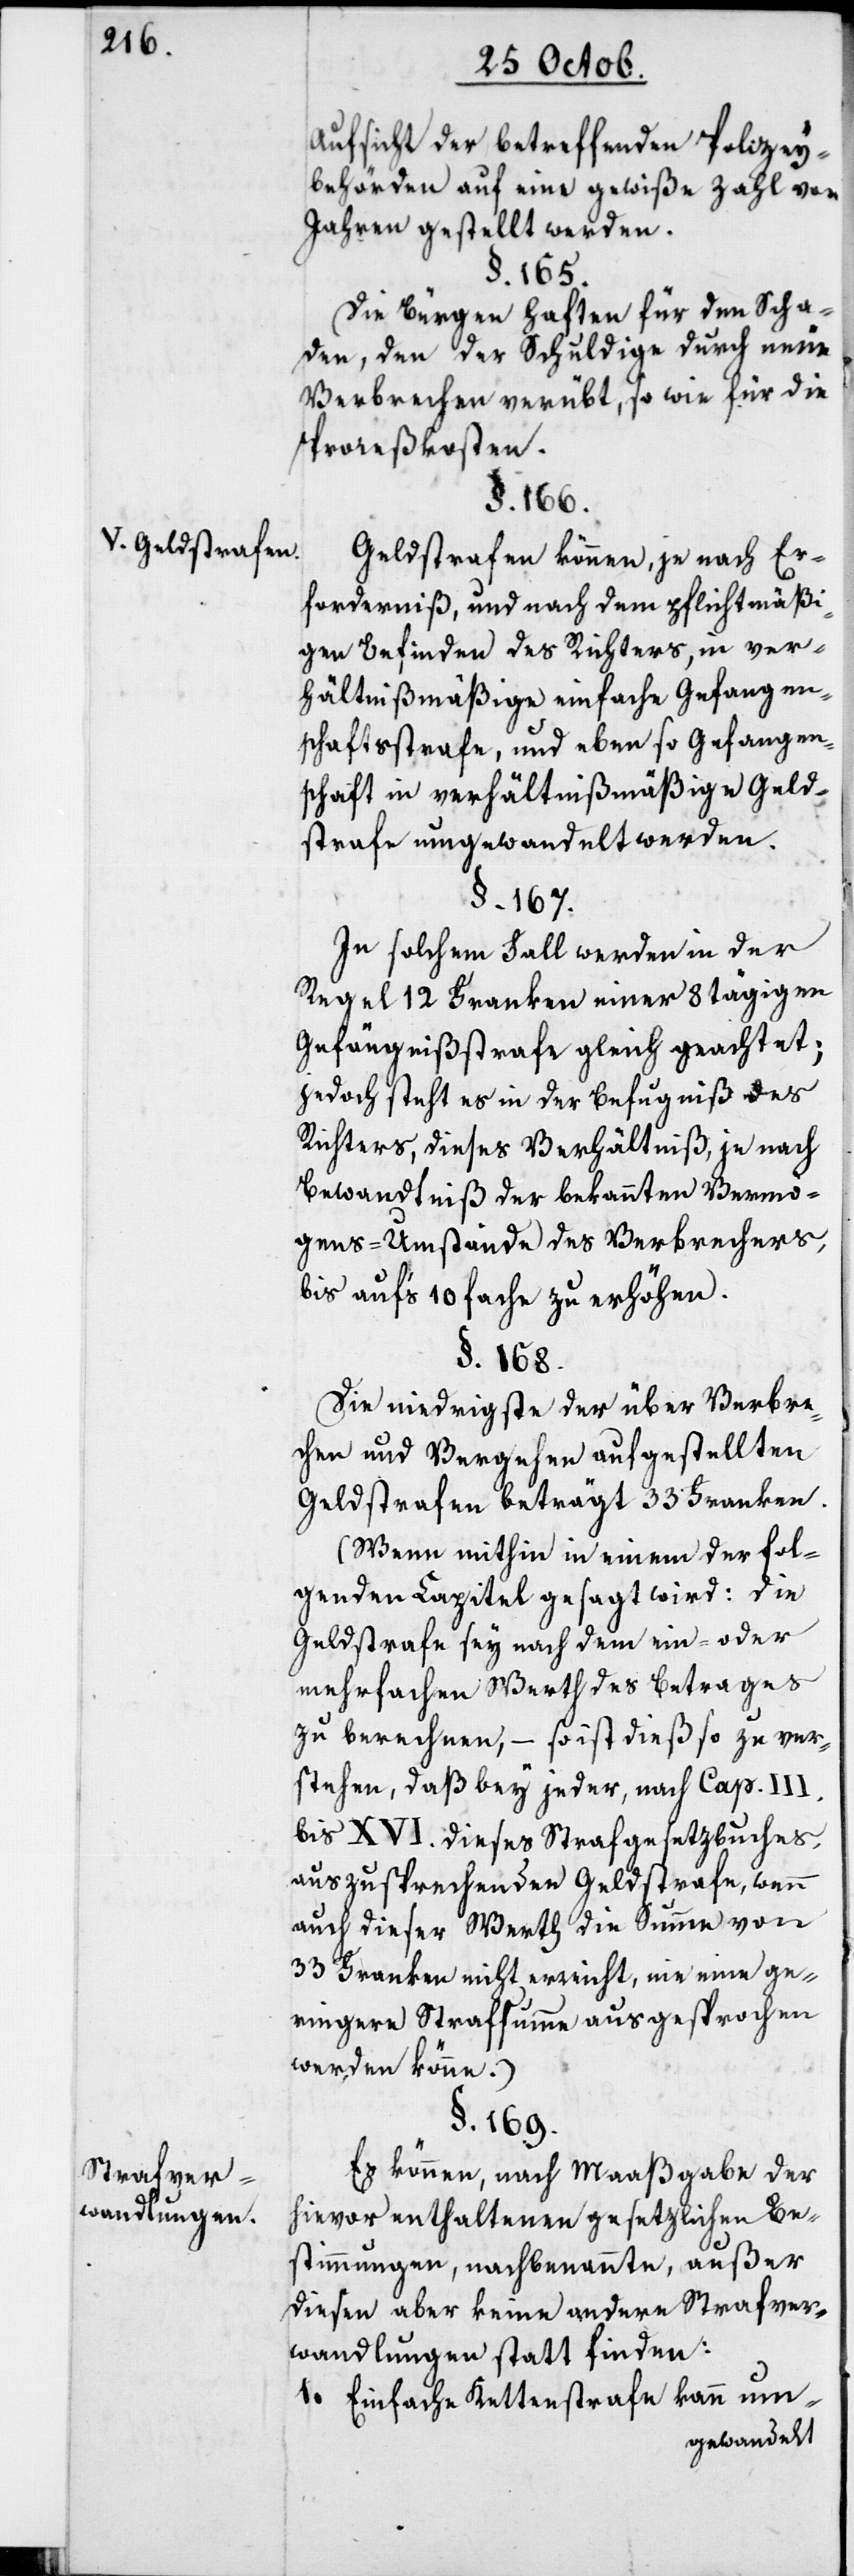
V. Geldstrafen.

Strafver¬
wandlungen.

Aufsicht der betreffenden Polizey¬
behörden auf eine gewiße Zahl von
Jahren gestellt werden.
§. 165.
Die Bürgen haften für den Scha¬
den, den der Schuldige durch neue
Verbrechen verübt sowie für die
Prozeßkosten.
§. 166.
Geldstrafen können, je nach Er¬
forderniß, und nach dem pflichtmäßi¬
gen Befinden des Richters, in ver¬
hältnißmäßige einfache Gefangen¬
schaftsstrafe, und ebenso Gefangen¬
schaft in verhältnißmäßige Geld¬
strafe umgewandelt werden.
§. 167.
In solchem Fall werden in der
Regel 12 Franken einer 8 tägigen
Gefängnisstrafe gleich geachtet;
jedoch steht es in der Befugniß des
Richters, dieses Verhältniß, je nach
Bewandtnis der bekannten Vermö¬
gens-Umstände des Verbrechers,
bis aufs 10 fache zu erhöhen.
§. 168.
Die niedrigste der über Verbre¬
chen und Vergehen aufgestellten
Geldstrafen beträgt 33 Franken.
(Wenn mithin in einem der fol¬
genden Capitel gesagt wird: Die
Geldstrafe sey nach dem ein- oder
mehrfachen Wert des Betrages
zu berechnen, – so ist dies so zu ver¬
stehen, daß bey jeder, nach Cap. III.
bis XVI. dieses Strafgesetzbuches
auszusprechenden Geldstrafe, wenn
auch dieser Wert die Summe von
33. Franken nicht erreicht, nie eine ge¬
ringere Strafsumme ausgesprochen
werden könne.)
§. 169.
Es können nach Maaßgabe der
hievor enthaltenen gesetzlichen Be¬
stimmungen, nachbenannte, außer
diesen aber keine andere Strafver¬
wandlungen statt finden:
1. Einfache Kettenstrafe kann um-